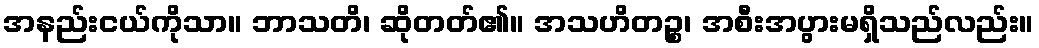
အနည်းငယ်ကိုသာ။ ဘာသတိ၊ ဆိုတတ်၏။ အသဟိတဉ္စ၊ အစီးအပွားမရှိသည်လည်း။